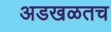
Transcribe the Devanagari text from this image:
अडखळतच